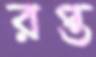
রপ্ত